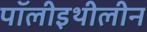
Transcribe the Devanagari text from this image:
पॉलीइथीलीन